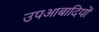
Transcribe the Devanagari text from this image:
उपआबादियों